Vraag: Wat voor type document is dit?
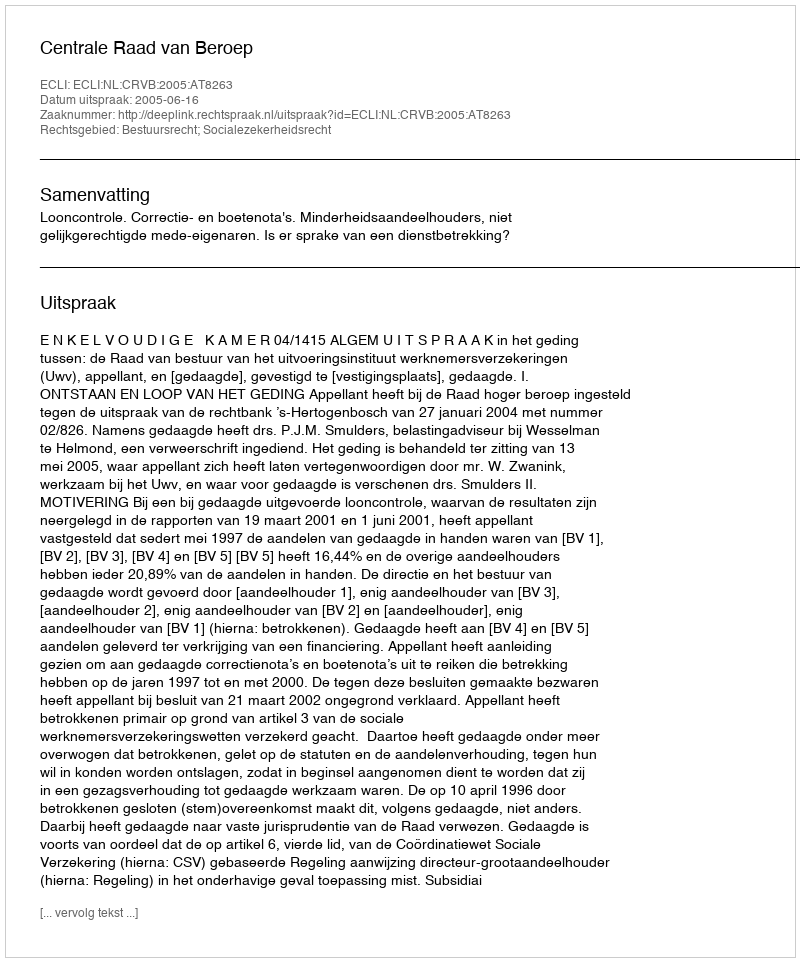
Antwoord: Uitspraak